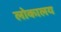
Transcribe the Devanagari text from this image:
लोकालय